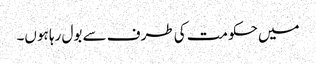
میں حکومت کی طرف سے بول رہا ہوں۔